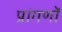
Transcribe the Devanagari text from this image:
प्रांगणों